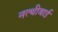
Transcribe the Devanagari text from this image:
नत्थीबाई